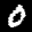
Label: 0